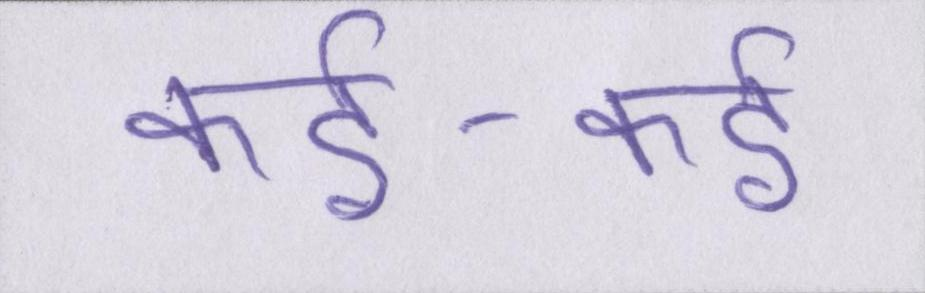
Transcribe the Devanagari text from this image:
कई-कई